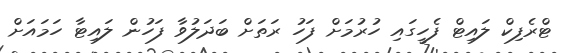
ޓްރެފިކް ލައިޓް ފެހީގައި ހުރުމަށް ފަހު ރަތަށް ބަދަލުވާ ފަހުން ލައިޓާ ހަމައަށް